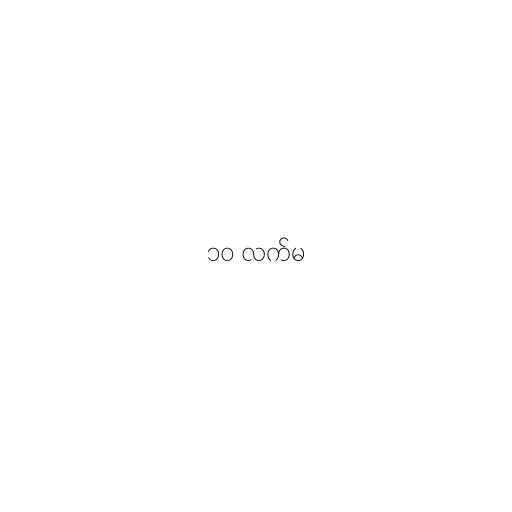
၁၀ လက်မ